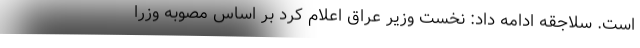
است. سلاجقه ادامه داد: نخست وزیر عراق اعلام کرد بر اساس مصوبه وزرا